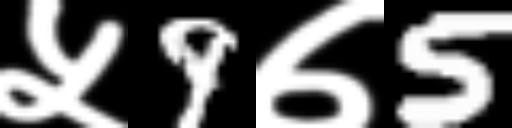
Text: ५9७5